Civil Veterinary Department Bihar reports 1936-40 - 1936-1940
Year: 1936
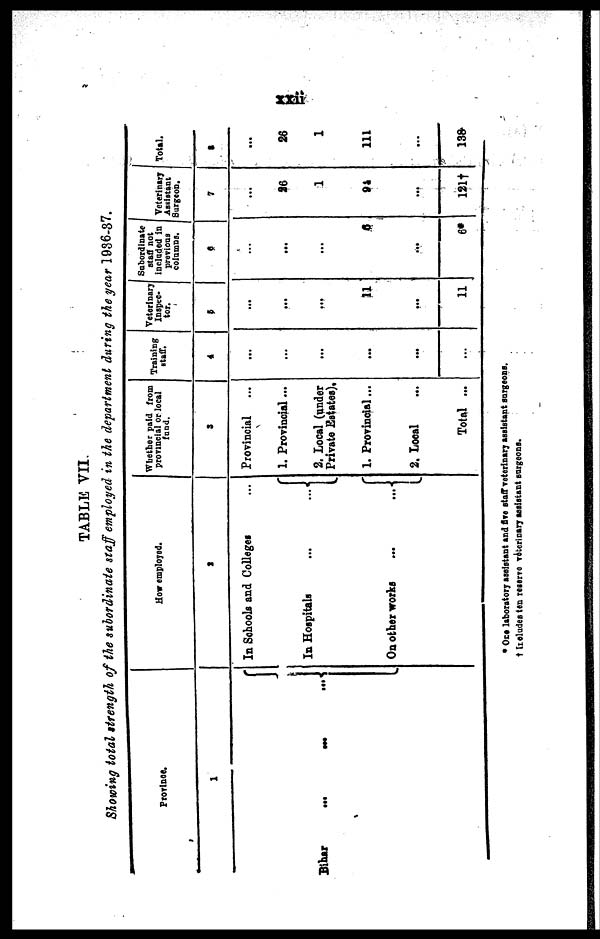
xxii
TABLE VII.
Showing total strength of the subordinate staff employed in the department during the year 1936-37.
Province.
1
Bihar
... ...
...
How employed.
2
In Schools and Colleges ...
In Hospitals
...
...
On other works
...
...
Whether paid from
provincial or local
fund.
3
Provincial
1. Provincial ...
2. Local (under
Private Estates).
1. Provincial ...
2. Local …
Total ...
Training
staff.
4
...
...
...
...
...
…
Veterinary
Inspec-
tor.
5
...
...
...
11
...
11
Subordinate
staff not
Included in
previons
columns.
6
...
...
...
6
...
6*
Veterinary
Assistant
Surgeon.
7
...
86
1
94
...
121†
Total.
8
...
26
I
111
...
138
* One laboratory assistant and five staff veterinary assistant surgeons.
† Includes ten reserve veterinary assistant surgeons.